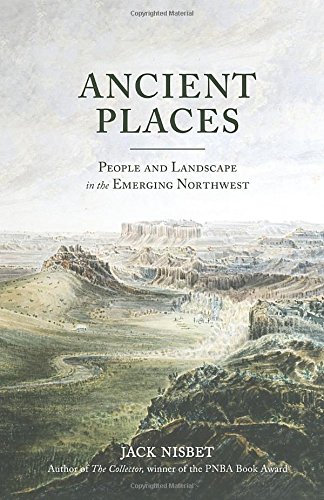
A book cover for Ancient Places: People and Landscape in the Emerging Northwest; Jack Nisbet; Science & Math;